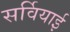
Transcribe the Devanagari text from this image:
सर्वियाई